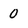
Character: 0